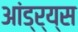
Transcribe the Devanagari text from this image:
आंड्र्य्स